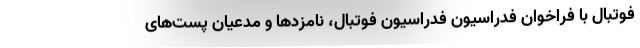
فوتبال با فراخوان فدراسیون فدراسیون فوتبال، نامزدها و مدعیان پست‌های